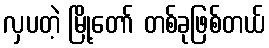
လှပတဲ့ မြို့တော် တစ်ခုဖြစ်တယ်